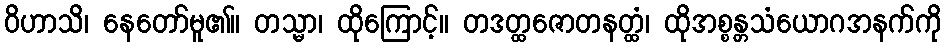
ဝိဟာသိ၊ နေတော်မူ၏။ တသ္မာ၊ ထိုကြောင့်။ တဒတ္ထဇောတနတ္ထံ၊ ထိုအစ္စန္တသံယောဂအနက်ကို